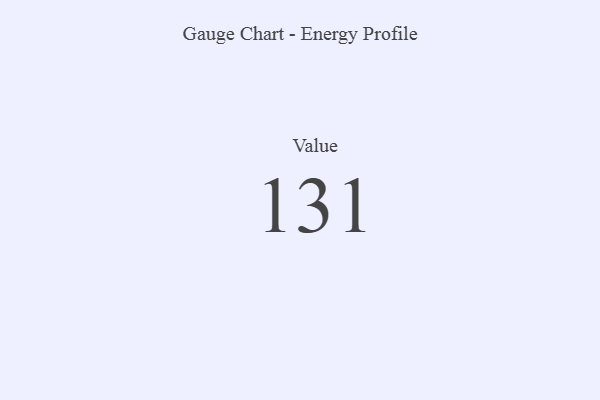
{"axis": {"x": "Metric", "y": "Value"}, "legend": [""], "data": [{"x": "Value", "y": 131, "type": ""}]}